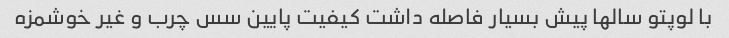
با لوپتو سالها پیش بسیار فاصله داشت کیفیت پایین سس چرب و غیر خوشمزه